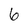
Character: 6